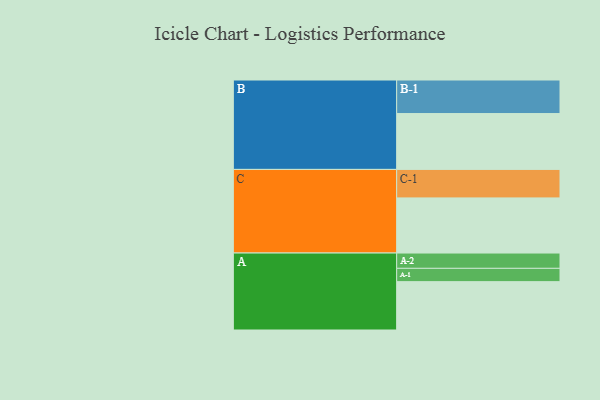
{"axis": {"x": "Segment", "y": "Value"}, "legend": ["", "A", "B", "C"], "data": [{"x": "A", "y": 392, "type": ""}, {"x": "B", "y": 453, "type": ""}, {"x": "C", "y": 447, "type": ""}, {"x": "A-1", "y": 108, "type": "A"}, {"x": "A-2", "y": 124, "type": "A"}, {"x": "B-1", "y": 272, "type": "B"}, {"x": "C-1", "y": 231, "type": "C"}]}